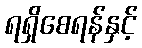
ရရှိစေရန်နှင့်